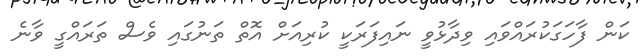
ކަން ފާހަގަކުރައްވައި ވިދާޅުވީ ނައިފަރަކީ ކުރިއަށް އޮތް ތަނުގައި ވެސް ތަރައްގީ ވާނެ